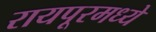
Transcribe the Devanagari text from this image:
रायपूरमध्ये